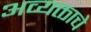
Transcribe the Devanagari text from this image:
अव्यक्ताचे